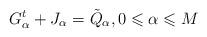
LaTeX: \begin{align*}G^t_{\alpha} + J_{\alpha} = \tilde{Q}_{\alpha}, 0 \leqslant \alpha \leqslant M\end{align*}